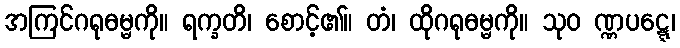
အကြင်ဂရုဓမ္မကို။ ရက္ခတိ၊ စောင့်၏။ တံ၊ ထိုဂရုဓမ္မကို။ သုဝ ဏ္ဏပဋ္ဋေ၊